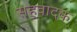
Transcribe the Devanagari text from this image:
सहवादक